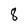
Character: 8